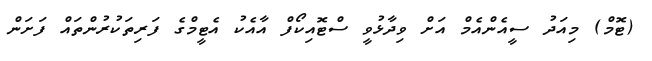
(ޓޮމް) މިއަދު ސީއެންއެމް އަށް ވިދާޅުވީ ސްޓޮއިކޯފް އާއެކު އެޓީމްގެ ފަރިތަކުރުުންތައް ފަށަން